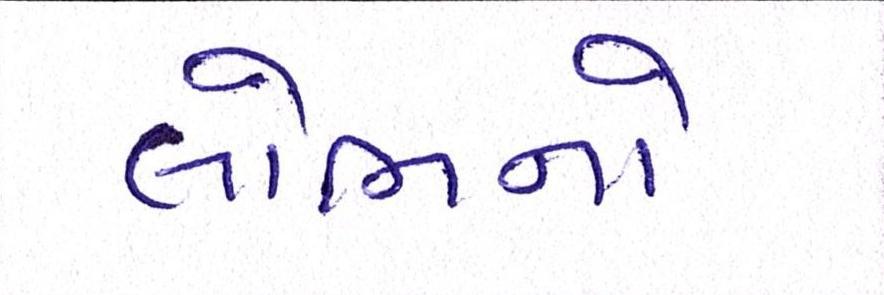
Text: લોભનો